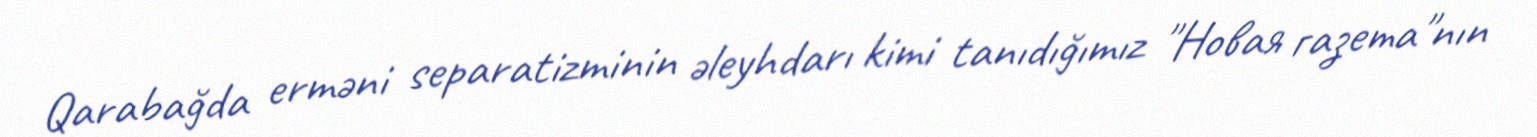
Qarabağda erməni separatizminin əleyhdarı kimi tanıdığımız "Новая газета"nın